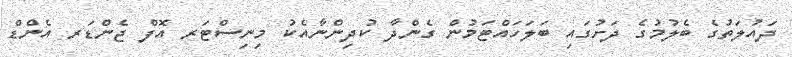
ދައުލަތުގެ ބެލުމުގެ ދަށުގައި ބަލަހައްޓަމުން ގެންދާ ކުދިންނާއެކު މިނިސްޓަރ އޮފް ޖެންޑަރ އެންޑް